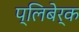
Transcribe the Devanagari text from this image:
प्लिबेर्क